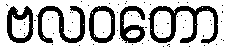
ဗလဝတော